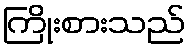
ကြိုးစားသည်